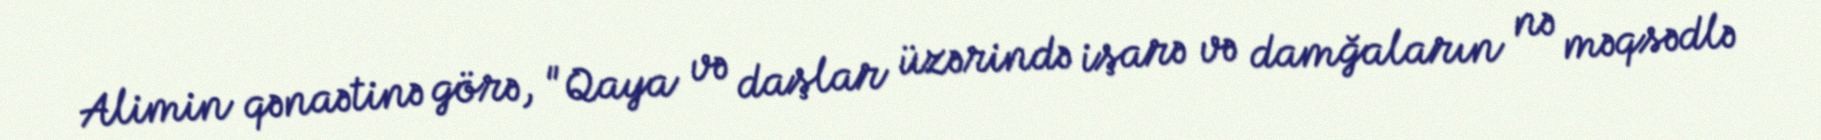
Alimin qənaətinə görə, "Qaya və daşlar üzərində işarə və damğaların nə məqsədlə